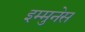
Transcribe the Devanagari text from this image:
इम्मुनेस